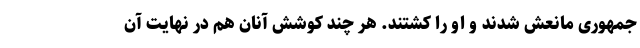
جمهوری مانعش شدند و او را کشتند. هر چند کوشش آنان هم در نهایت آن